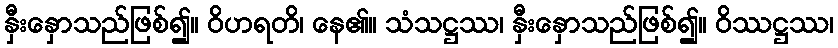
နှီးနှောသည်ဖြစ်၍။ ဝိဟရတိ၊ နေ၏။ သံသဋ္ဌဿ၊ နှီးနှောသည်ဖြစ်၍။ ဝိဿဋ္ဌဿ၊